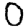
Digit: 0